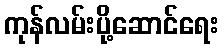
ကုန်လမ်းပို့ဆောင်ရေး